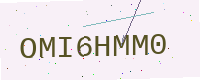
Text: OMI6HMM0